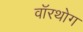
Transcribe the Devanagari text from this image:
वॉरथोग